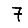
Digit: 7